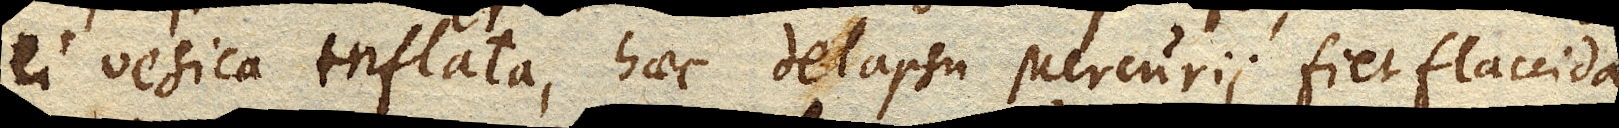
ei vesica inflata, haec delapsu Mercurii fiet flaccida,